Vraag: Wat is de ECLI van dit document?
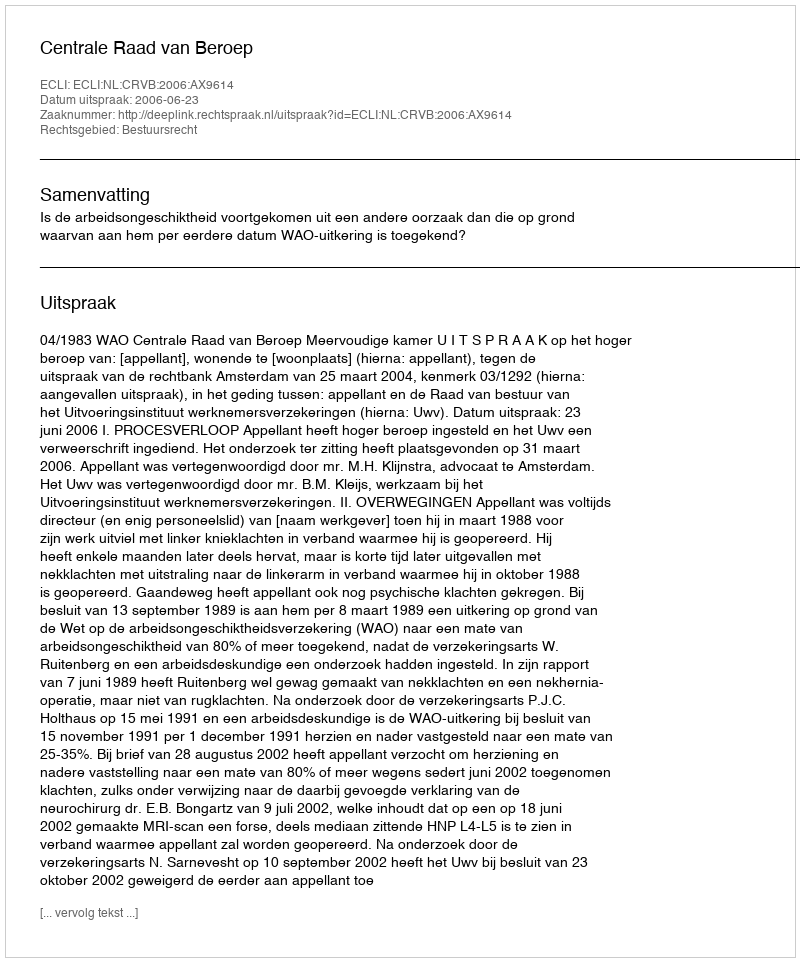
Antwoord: ECLI:NL:CRVB:2006:AX9614